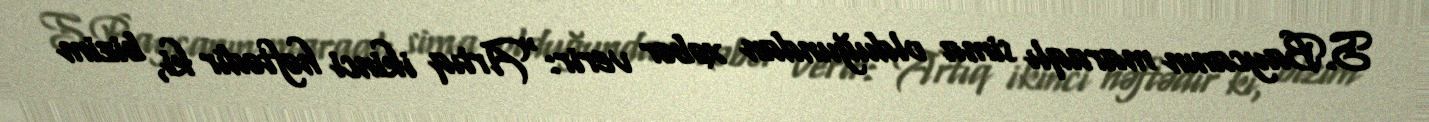
S.Baycanın maraqlı sima olduğundan xəbər verir:“Artıq ikinci həftədir ki, bizim